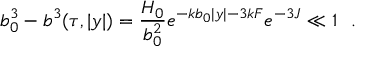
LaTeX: b _ { 0 } ^ { 3 } - b ^ { 3 } ( \tau , | y | ) = \frac { H _ { 0 } } { b _ { 0 } ^ { 2 } } e ^ { - k b _ { 0 } | y | - 3 k F } e ^ { - 3 J } \ll 1 ~ ~ .